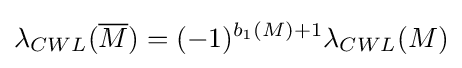
\lambda _{CWL}({\overline {M}})=(-1)^{b_{1}(M)+1}\lambda _{CWL}(M)